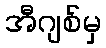
အီဂျစ်မှ